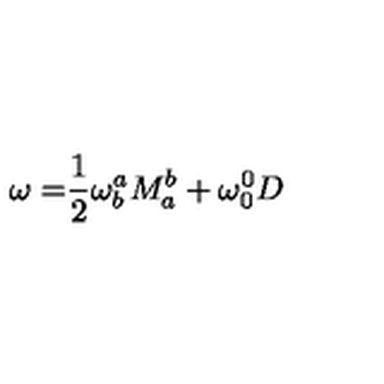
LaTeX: \mathbf { \omega = } \frac { 1 } { 2 } \mathbf { \omega } _ { b } ^ { a } M _ { a } ^ { b } + \mathbf { \omega } _ { 0 } ^ { 0 } D